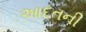
આદતની